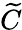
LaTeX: \widetilde{C}